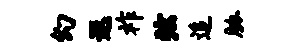
幻遐祚弦追胁